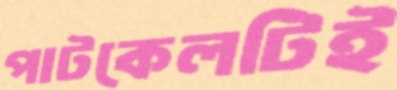
পাটকেলটিই